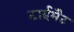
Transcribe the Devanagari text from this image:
टाईमैट